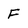
Character: F